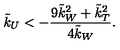
\tilde { k } _ { U } < - \frac { 9 \tilde { k } _ { W } ^ { 2 } + \tilde { k } _ { T } ^ { 2 } } { 4 \tilde { k } _ { W } } .